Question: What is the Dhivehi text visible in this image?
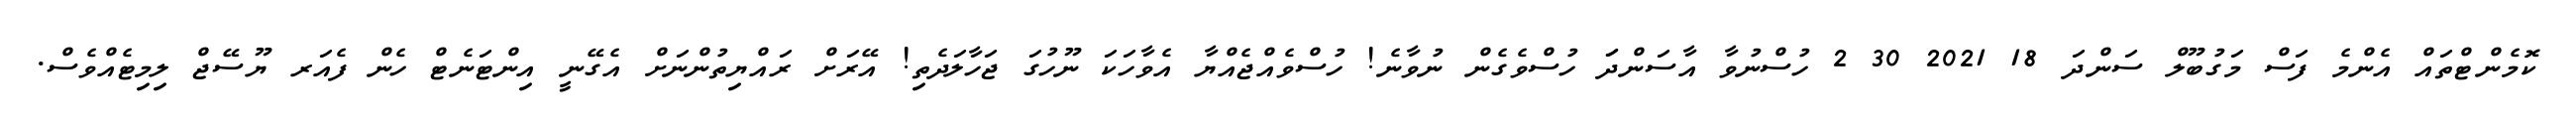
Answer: ކޮމެންޓްތައް އެންމެ ފަސް މަގުބޫލް ސަންދަ 18 2021 30 2 ހުސްނުވާ އާސަންދަަ ހުސްވެގެން ނުވާނެ! ހުސްވެއްޖެއްޔާ އެވާހަކަ ނޫހުގަ ޖަހާލަދެތި! އޭރަށް ރައްޔިތުންނަށް އެގޭނީ އިންޓަނެޓް ހެން ފެއަރ ޔޫސޭޖް ލިމިޓެއްވެސް.